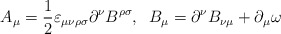
\begin{align*}A_\mu=\frac{1}{2}{\varepsilon}_{\mu\nu\rho\sigma}\partial^{\nu} B^{\rho\sigma},\;\; B_{\mu}=\partial^{\nu}B_{\nu\mu}+\partial_\mu\omega\end{align*}